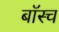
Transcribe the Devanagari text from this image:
बॉस्च